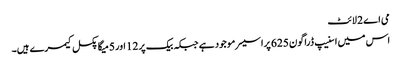
می اے 2 لائٹ
اس میں اسنیپ ڈراگون 625 پراسیسر موجود ہے جبکہ بیک پر 12 اور 5 میگا پکسل کیمرے ہیں۔